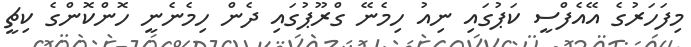
މިފަހަރުގެ އޭއެފްސީ ކަޕުގައި ނިއު ހިމެނޭ ގްރޫޕުގައި ދެން ހިމެނެނީ ހޮންކޮންގެ ކިޗީ